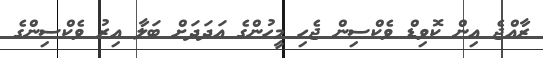
ރާއްޖެ އިން ކޮވިޑް ވެކްސިން ޖެހި މީހުންގެ އަދަދަށް ބަލާ އިރު ވެކްސިންގެ